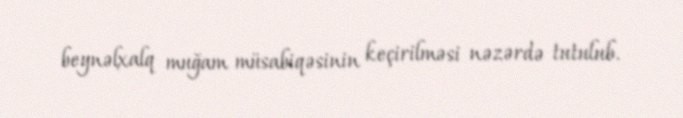
beynəlxalq muğam müsabiqəsinin keçirilməsi nəzərdə tutulub.